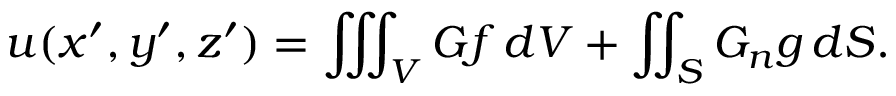
u ( x ^ { \prime } , y ^ { \prime } , z ^ { \prime } ) = \iiint _ { V } G f \, d V + \iint _ { S } G _ { n } g \, d S .